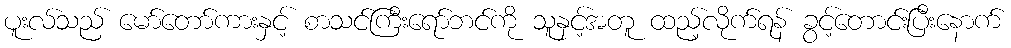
ပူးလ်သည် မော်တော်ကားနှင့် စာသင်ကြီးရော်ဘင်ကို သူနှင့်အတူ ထည့်လိုက်ရန် ခွင့်တောင်းပြီးနောက်